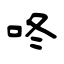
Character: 咚